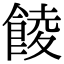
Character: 𩜁